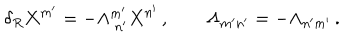
LaTeX: \delta _ { R } X ^ { m ^ { \prime } } = - \Lambda _ { \ n ^ { \prime } } ^ { m ^ { \prime } } X ^ { n ^ { \prime } } \, , \qquad \Lambda _ { m ^ { \prime } n ^ { \prime } } = - \Lambda _ { n ^ { \prime } m ^ { \prime } } \, .